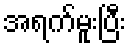
အရက်မူးပြီး